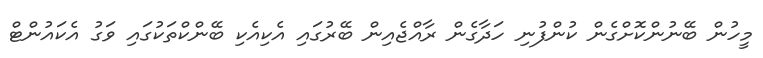
މީހުން ބޭނުންކޮށްގެން ކުންފުނި ހަދާގެން ރާއްޖެއިން ބޭރުގައި އެކިއެކި ބޭންކްތަކުގައި ވަގު އެކައުންޓް